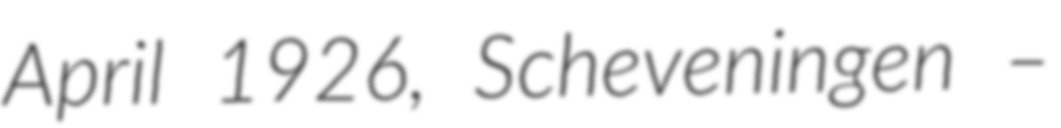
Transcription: April 1926, Scheveningen –